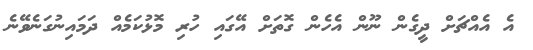
އެ އެއްޗަށް ދީގެން ނޫން އެހެން ގޮތަށް އޭގައި ހުރި މޮޅުކަމެއް ދަމައިނުގަނެވޭނެ